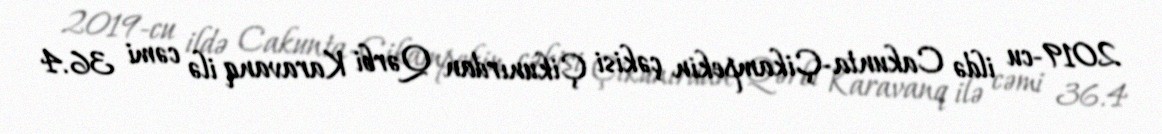
2019-cu ildə Cakunta-Çikampekin çəkisi Çikunırdan Qərbi Karavanq ilə cəmi 36.4